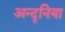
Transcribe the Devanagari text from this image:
अन्दृनिया